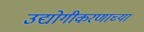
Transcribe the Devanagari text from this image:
उद्योगीकरणाच्या